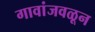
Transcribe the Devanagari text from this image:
गावांजवळून